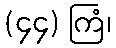
(၄၄) ကြံ၊